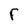
Character: F